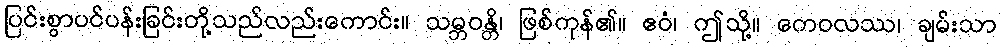
ပြင်းစွာပင်ပန်းခြင်းတို့သည်လည်းကောင်း။ သမ္ဘဝန္တိ၊ ဖြစ်ကုန်၏။ ဧဝံ၊ ဤသို့။ ကေဝလဿ၊ ချမ်းသာ